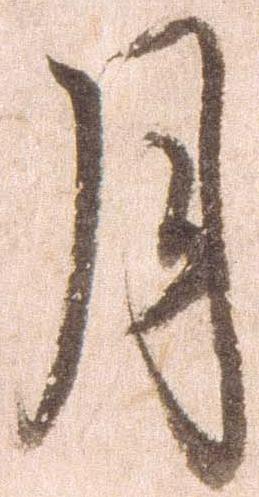
月